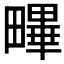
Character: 𤳣